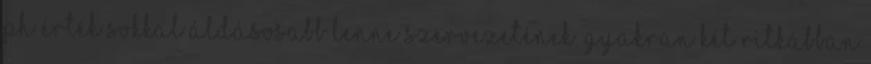
pH érték sokkal áldásosabb lenne szervezetének. Gyakran két ritkábban